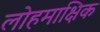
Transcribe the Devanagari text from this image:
लोहमाक्षिक